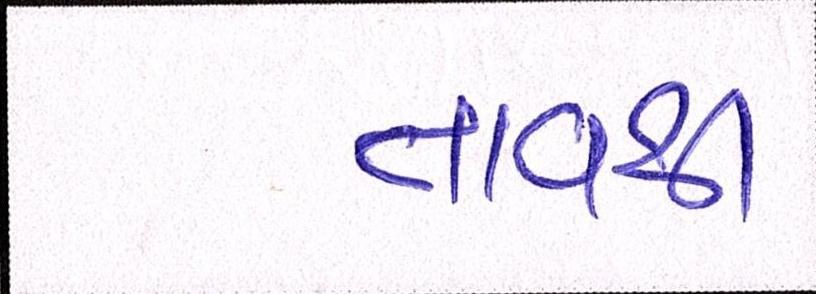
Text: તાવથી